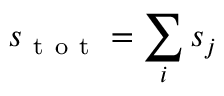
s _ { \mathrm { ~ t ~ o ~ t ~ } } = \sum _ { i } s _ { j }